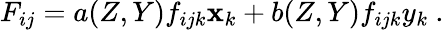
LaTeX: F_{ij}=a(Z,Y)f_{ijk}\mathbf{x}_{k}+b(Z,Y)f_{ijk}y_{k}\ .